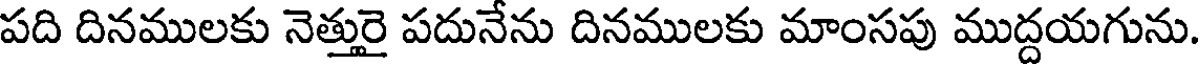
పది దినములకు నెత్తురై పదునేను దినములకు మాంసపు ముద్దయగును